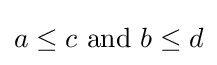
a\leq c{\text{ and }}b\leq d